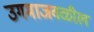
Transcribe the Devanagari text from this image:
उगमाजवळील